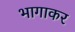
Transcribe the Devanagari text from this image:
भागाकर